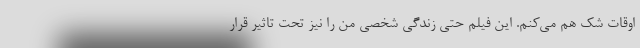
اوقات شک هم می‌کنم. این فیلم حتی زندگی شخصی من را نیز تحت تاثیر قرار